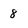
Character: 8